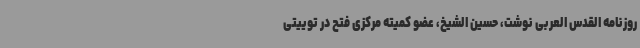
روزنامه القدس العربی نوشت، حسین الشیخ، عضو کمیته مرکزی فتح در توییتی